Plague in India, 1896, 1897 - Volume 1
Year: 1896
Disease focus: Plague
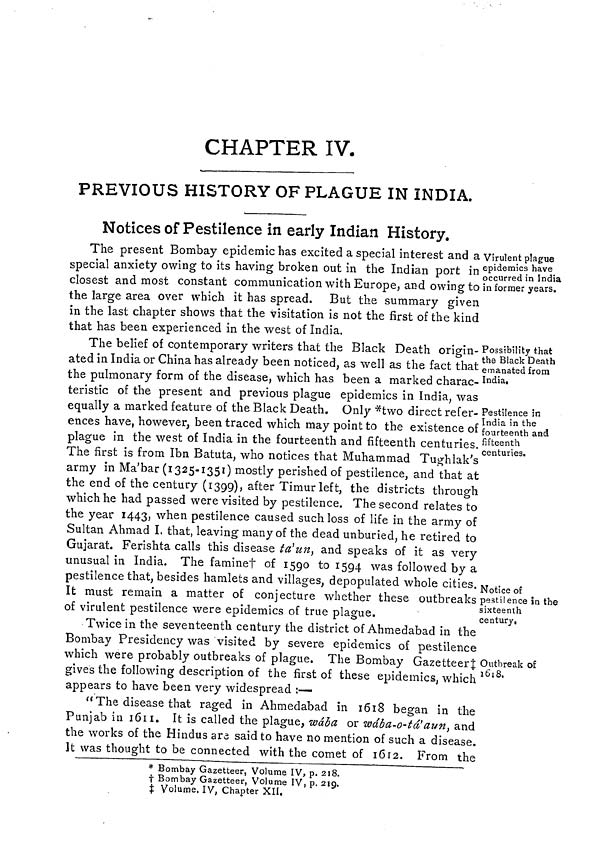
CHAPTER IV.
PREVIOUS HISTORY OF PLAGUE IN INDIA.
Notices of Pestilence in early Indian History.
Virulent plague
epidemics have
occurred in India
in former years.
The present Bombay epidemic has excited a special interest and a
special anxiety owing to its having broken out in the Indian port in
closest and most constant communication with Europe, and owing to
the large area over which it has spread. But the summary given
in the last chapter shows that the visitation is not the first of the kind
that has been experienced in the west of India.
Possibility that
the Black Death
emanated from
India.
Pestilence in
India in the
fourteenth and
fifteenth
centuries.
Notice of
pestilence in the
sixteenth
century.
The belief of contemporary writers that the Black Death origin-
ated in India or China has already been noticed, as well as the fact that
the pulmonary form of the disease, which has been a marked charac-
teristic of the present and previous plague epidemics in India, was
equally a marked feature of the Black Death. Only *two direct refer-
ences have, however, been traced which may point to the existence of
plague in the west of India in the fourteenth and fifteenth centuries.
The first is from Ibn Batuta, who notices that Muhammad Tughlak's
army in Ma'bar (1325-1351) mostly perished of pestilence, and that at
the end of the century (1399), after Timur left, the districts through
which he had passed were visited by pestilence. The second relates to
the year 1443, when pestilence caused such loss of life in the army of
Sultan Ahmad I. that, leaving many of the dead unburied, he retired to
Gujarat. Ferishta calls this disease ta'un, and speaks of it as very
unusual in India. The famine† of 1590 to 1594 was followed by a
pestilence that, besides hamlets and villages, depopulated whole cities.
It must remain a matter of conjecture whether these outbreaks
of virulent pestilence were epidemics of true plague.
Outbreak of
1618.
Twice m the seventeenth century the district of Ahmedabad in the
Bombay Presidency was visited by severe epidemics of pestilence
which were probably outbreaks of plague. The Bombay Gazetteer‡
gives the following description of the first of these epidemics, which
appears to have been very widespread :—
" The disease that raged in Ahmedabad in 1618 began in the
Punjab in 1611. It is called the plague, wába or wába-o-tá'aun, and
the works of the Hindus ara said to have no mention of such a disease.
It was thought to be connected with the comet of 1612. From the
* Bombay Gazetteer, Volume IV, p. 218.
† Bombay Gazetteer, Volume IV, p. 219.
‡ Volume. IV, Chapter XII.